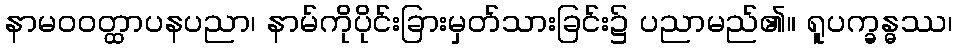
နာမဝဝတ္ထာပနပညာ၊ နာမ်ကိုပိုင်းခြားမှတ်သားခြင်း၌ ပညာမည်၏။ ရူပက္ခန္ဓဿ၊